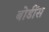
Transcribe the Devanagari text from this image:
बोडींस